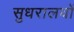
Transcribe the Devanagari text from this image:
सुधरालयों